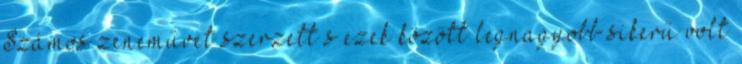
Számos zeneművet szerzett s ezek között legnagyobb sikerű volt